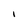
Character: I